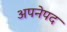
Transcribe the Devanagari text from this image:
अपनेपद